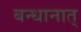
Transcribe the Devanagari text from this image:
बन्धानात्